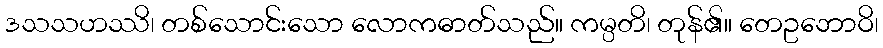
ဒသသဟဿိ၊ တစ်သောင်းသော လောကဓာတ်သည်။ ကမ္ပတိ၊ တုန်၏။ တေဥဘောဝိ၊